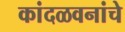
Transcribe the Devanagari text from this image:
कांदळवनांचे